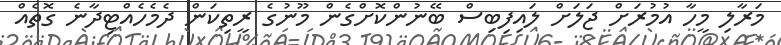
މަރާލި މީހާ އުމުރަށް ޖަލަށް ލައިފިބިސް ބޭނުންކޮށްގެން މޫނުގެ ރީތިކަން ދެމެހެއްޓިދާނެ ގޮތެއް